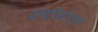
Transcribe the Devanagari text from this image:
दर्यासंगम